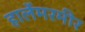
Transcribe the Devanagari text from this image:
हार्लेमरमीर